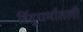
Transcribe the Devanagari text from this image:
हिंदुधर्मातली